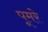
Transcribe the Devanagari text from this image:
पूमरे